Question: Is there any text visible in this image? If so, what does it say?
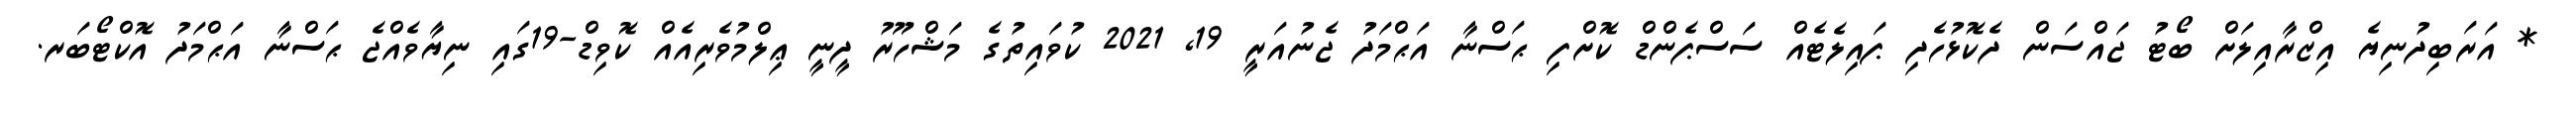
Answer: * އަރަބިދުނިޔެ އިޒްރާއިލަށް ބޯޓު ޖައްސަން ދެކޮޅުހެދި ޕައިލެޓެއް ސަސްޕެންޑް ކޮށްފި ޙަސްނާ އަޙްމަދު ޖެނުއަރީ 19, 2021 ކުވައިތުގެ މަޝްހޫރު ދީނީ ޢިލްމުވެރިއެއް ކޮވިޑް-19ގައި ނިޔާވެއްޖެ ޙަސްނާ އަޙްމަދު އޮކްޓޯބަރ.